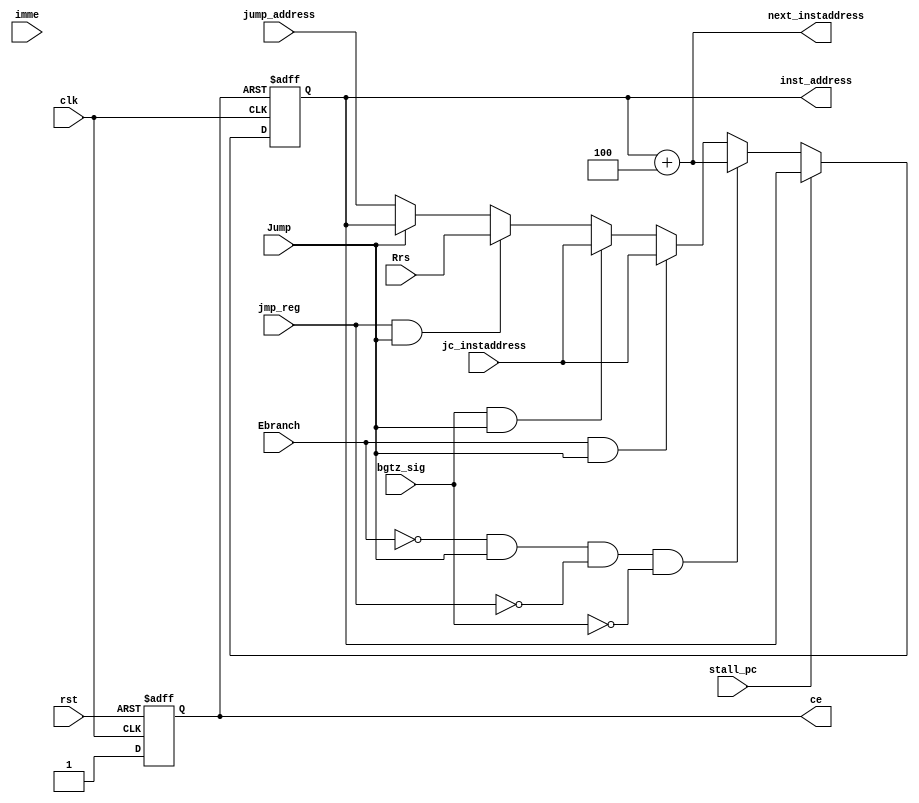
module pc(
    input clk,
    input rst,
    input Ebranch,
    input Jump,                    // 
    (* dont_touch = "1" *)input [31:0] imme,             //id.v imme_num
    input jmp_reg,                 //jr 
    input [31:0] Rrs,                     //R[rs] 
    input [31:0] jc_instaddress,   //
    input [31:0] jump_address,
    input bgtz_sig,
    input stall_pc,
    output reg [31:0] inst_address,
    output [31:0] next_instaddress,
    output reg ce           
);
assign next_instaddress = inst_address + 4'b0100;         //+4

always @(posedge clk or negedge ce) begin 
    if(ce == 1'b0) begin 
        inst_address <= 32'h80000000;
    end 
    else if (stall_pc == 1'b0) begin
        if(!Ebranch&&Jump&&!jmp_reg&&!bgtz_sig) begin       //
            inst_address <= next_instaddress;
        end 
        else if(Ebranch&&Jump) begin                              //
            inst_address <= jc_instaddress;          
        end
        else if(bgtz_sig&&Jump) begin 
            inst_address <= jc_instaddress; 
        end
        else if(jmp_reg&&Jump) begin 
            inst_address <= Rrs;
        end
        else if (!Jump) begin 
            inst_address <= jump_address;
        end 
      end
end

always @(posedge clk or posedge rst) begin 
    if(rst == 1'b1) begin 
        ce <= 1'b0;
    end 
    else begin 
        ce <= 1'b1;
    end
end 

endmodule